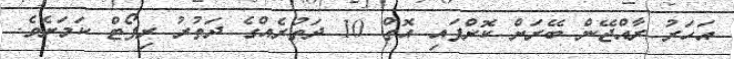
އަހަރު ރާއްޖޭން ބޭރަށް ކޮށްފައި އޮތް 10 ދަތުރެއްގެ ދަތުރު ރިޕޯޓް ކަމަށެވެ.